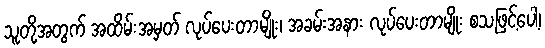
သူတို့အတွက် အထိမ်းအမှတ် လုပ်ပေးတာမျိုး၊ အခမ်းအနား လုပ်ပေးတာမျိုး စသဖြင့်ပေါ့၊